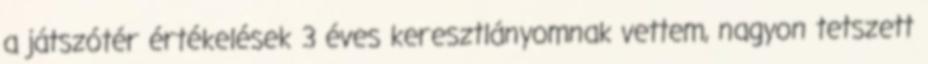
a játszótér értékelések 3 éves keresztlányomnak vettem, nagyon tetszett